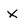
Character: X